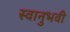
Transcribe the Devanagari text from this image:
स्वानुभवी